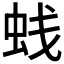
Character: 𰲳